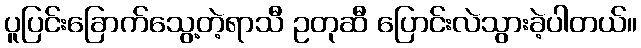
ပူပြင်းခြောက်သွေ့တဲ့ရာသီ ဥတုဆီ ပြောင်းလဲသွားခဲ့ပါတယ်။